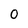
Character: 0